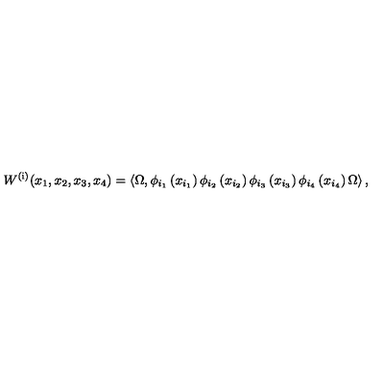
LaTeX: W ^ { \left( \mathrm { i } \right) } { \left( x _ { 1 } , x _ { 2 } , x _ { 3 } , x _ { 4 } \right) } = \left\langle \Omega , \phi _ { { i } _ { 1 } } \left( x _ { { i } _ { 1 } } \right) \phi _ { { i } _ { 2 } } \left( x _ { { i } _ { 2 } } \right) \phi _ { { i } _ { 3 } } \left( x _ { { i } _ { 3 } } \right) \phi _ { { i } _ { 4 } } \left( x _ { { i } _ { 4 } } \right) \Omega \right\rangle ,